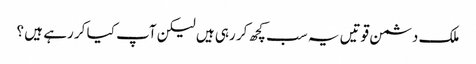
ملک دشمن قوتیں یہ سب کچھ کر رہی ہیں لیکن آپ کیا کر رہے ہیں ؟